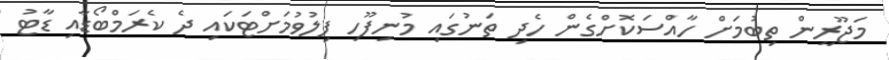
މަޖޫރީން ތިބުމަށް ހާއްސަކޮށްގެން ހެދި ތަނުގައި މުނިފޫހި ފިލުވުމަށްޓަކައި ދެ ކެރަމްބޯޑާއި ޑާޓު